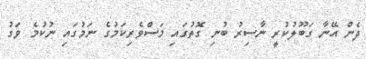
ދެން އޭނާ ގަބޫލުކުރީ ނާސިރު ބުނި ގޮތުގައި މަސްވެރިކަމުގެ ނަމުގައި ނުކުމެ ވަގު